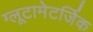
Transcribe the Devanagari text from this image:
ग्लूटामेटर्जिक